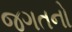
જગતનો